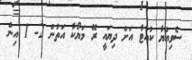
ސެވިއްޔާ ކުއާޓާ އަށް ދިޔައީ ރޭ މަޔޯކާ އަތުން 2- 1 އިން